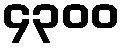
၄၃၀၀